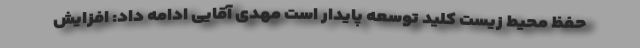
حفظ محیط زیست کلید توسعه پایدار است مهدی آقایی ادامه داد: افزایش